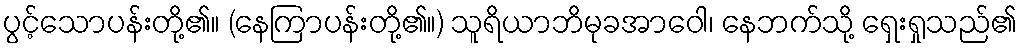
ပွင့်သောပန်းတို့၏။ (နေကြာပန်းတို့၏။) သူရိယာဘိမုခအာဝေါ၊ နေဘက်သို့ ရှေးရှုသည်၏